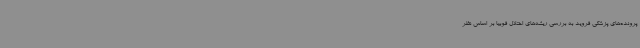
پرونده‌های پزشکی فروید به بررسی ریشه‌های اختلال فوبیا بر اساس نظر